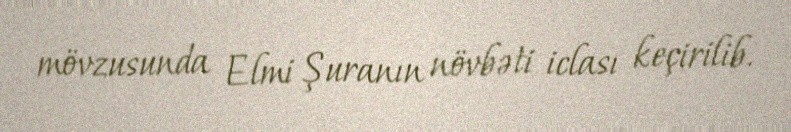
mövzusunda Elmi Şuranın növbəti iclası keçirilib.